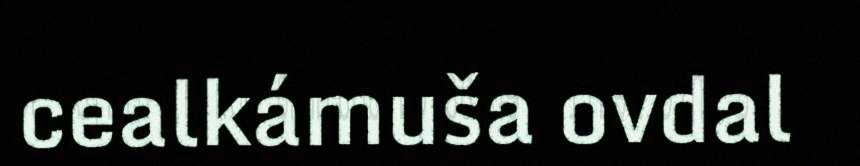
cealkámuša ovdal